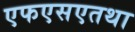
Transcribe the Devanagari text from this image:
एफएसएतथा